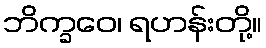
ဘိက္ခဝေ၊ ရဟန်းတို့။